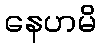
နေဟမိ